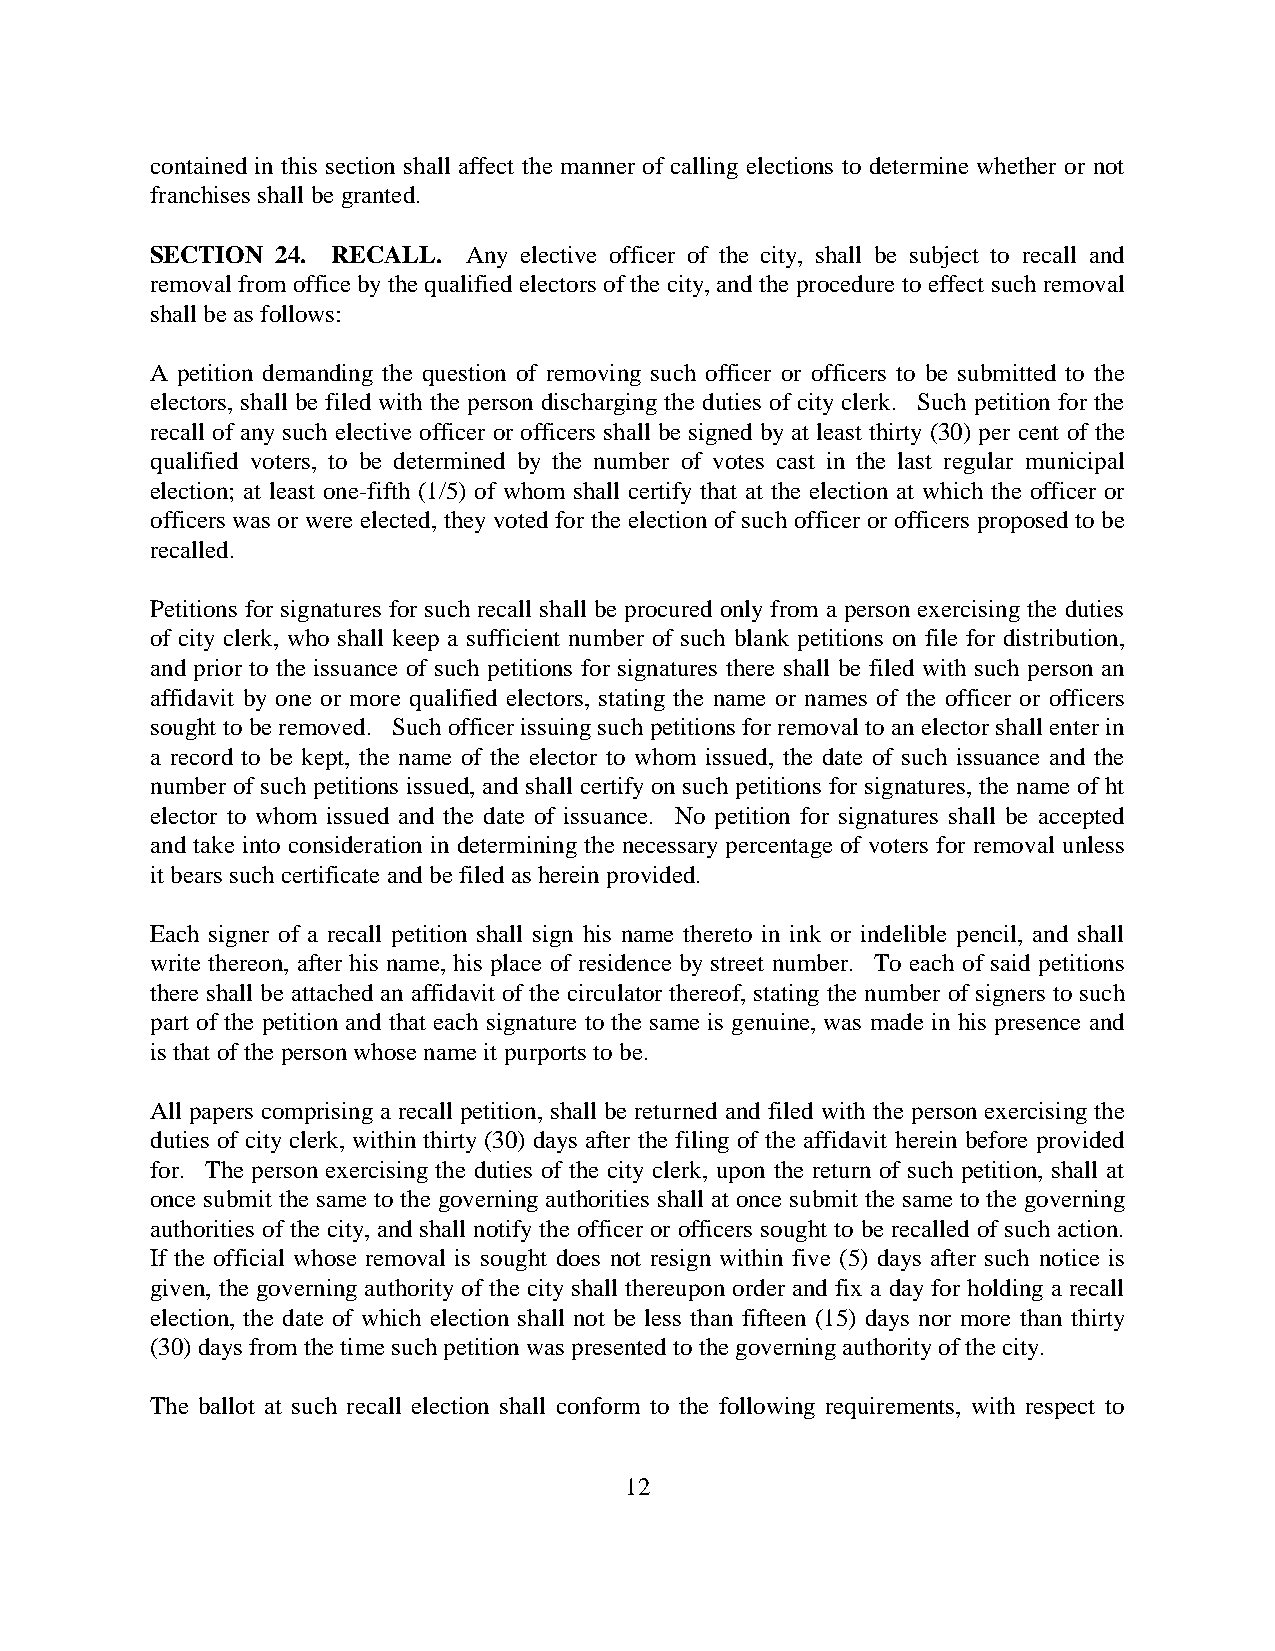
contained in this section shall affect the manner of calling elections to determine whether or not
 franchises shall be granted.
 SECTION 24. RECALL.  Any elective officer of the city, shall be subject to recall and
 removal from office by the qualified electors of the city, and the procedure to effect such removal
 shall be as follows:
 A petition demanding the question of removing such officer or officers to be submitted to the
 electors, shall be filed with the person discharging the duties of city clerk. Such petition for the
 recall of any such elective officer or officers shall be signed by at least thirty (30) per cent of the
 qualified voters, to be determined by the number of votes cast in the last regular municipal
 election; at least one-fifth (1/5) of whom shall certify that at the election at which the officer or
 officers was or were elected, they voted for the election of such officer or officers proposed to be
 recalled.
 Petitions for signatures for such recall shall be procured only from a person exercising the duties
 of city clerk, who shall keep a sufficient number of such blank petitions on file for distribution,
 and prior to the issuance of such petitions for signatures there shall be filed with such person an
 affidavit by one or more qualified electors, stating the name or names of the officer or officers
 sought to be removed. Such officer issuing such petitions for removal to an elector shall enter in
 a record to be kept, the name of the elector to whom issued, the date of such issuance and the
 number of such petitions issued, and shall certify on such petitions for signatures, the name of ht
 elector to whom issued and the date of issuance. No petition for signatures shall be accepted
 and take into consideration in determining the necessary percentage of voters for removal unless
 it bears such certificate and be filed as herein provided.
 Each signer of a recall petition shall sign his name thereto in ink or indelible pencil, and shall
 write thereon, after his name, his place of residence by street number. To each of said petitions
 there shall be attached an affidavit of the circulator thereof, stating the number of signers to such
 part of the petition and that each signature to the same is genuine, was made in his presence and
 is that of the person whose name it purports to be.
 All papers comprising a recall petition, shall be returned and filed with the person exercising the
 duties of city clerk, within thirty (30) days after the filing of the affidavit herein before provided
 for. The person exercising the duties of the city clerk, upon the return of such petition, shall at
 once submit the same to the governing authorities shall at once submit the same to the governing
 authorities of the city, and shall notify the officer or officers sought to be recalled of such action.
 If the official whose removal is sought does not resign within five (5) days after such notice is
 given, the governing authority of the city shall thereupon order and fix a day for holding a recall
 election, the date of which election shall not be less than fifteen (15) days nor more than thirty
 (30) days from the time such petition was presented to the governing authority of the city.
 The ballot at such recall election shall conform to the following requirements, with respect to
 12